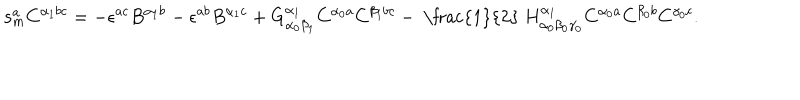
LaTeX: \mathbf { s } _ { m } ^ { a } C ^ { \alpha _ { 1 } b c } = - \epsilon ^ { a c } B ^ { \alpha _ { 1 } b } - \epsilon ^ { a b } B ^ { \alpha _ { 1 } c } + G _ { \alpha _ { 0 } \beta _ { 1 } } ^ { \alpha _ { 1 } } C ^ { \alpha _ { 0 } a } C ^ { \beta _ { 1 } b c } - \mathrm { ~ \frac { 1 } { 2 } ~ } H _ { \alpha _ { 0 } \beta _ { 0 } \gamma _ { 0 } } ^ { \alpha _ { 1 } } C ^ { \alpha _ { 0 } a } C ^ { \beta _ { 0 } b } C ^ { \gamma _ { 0 } c } .